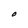
Character: O